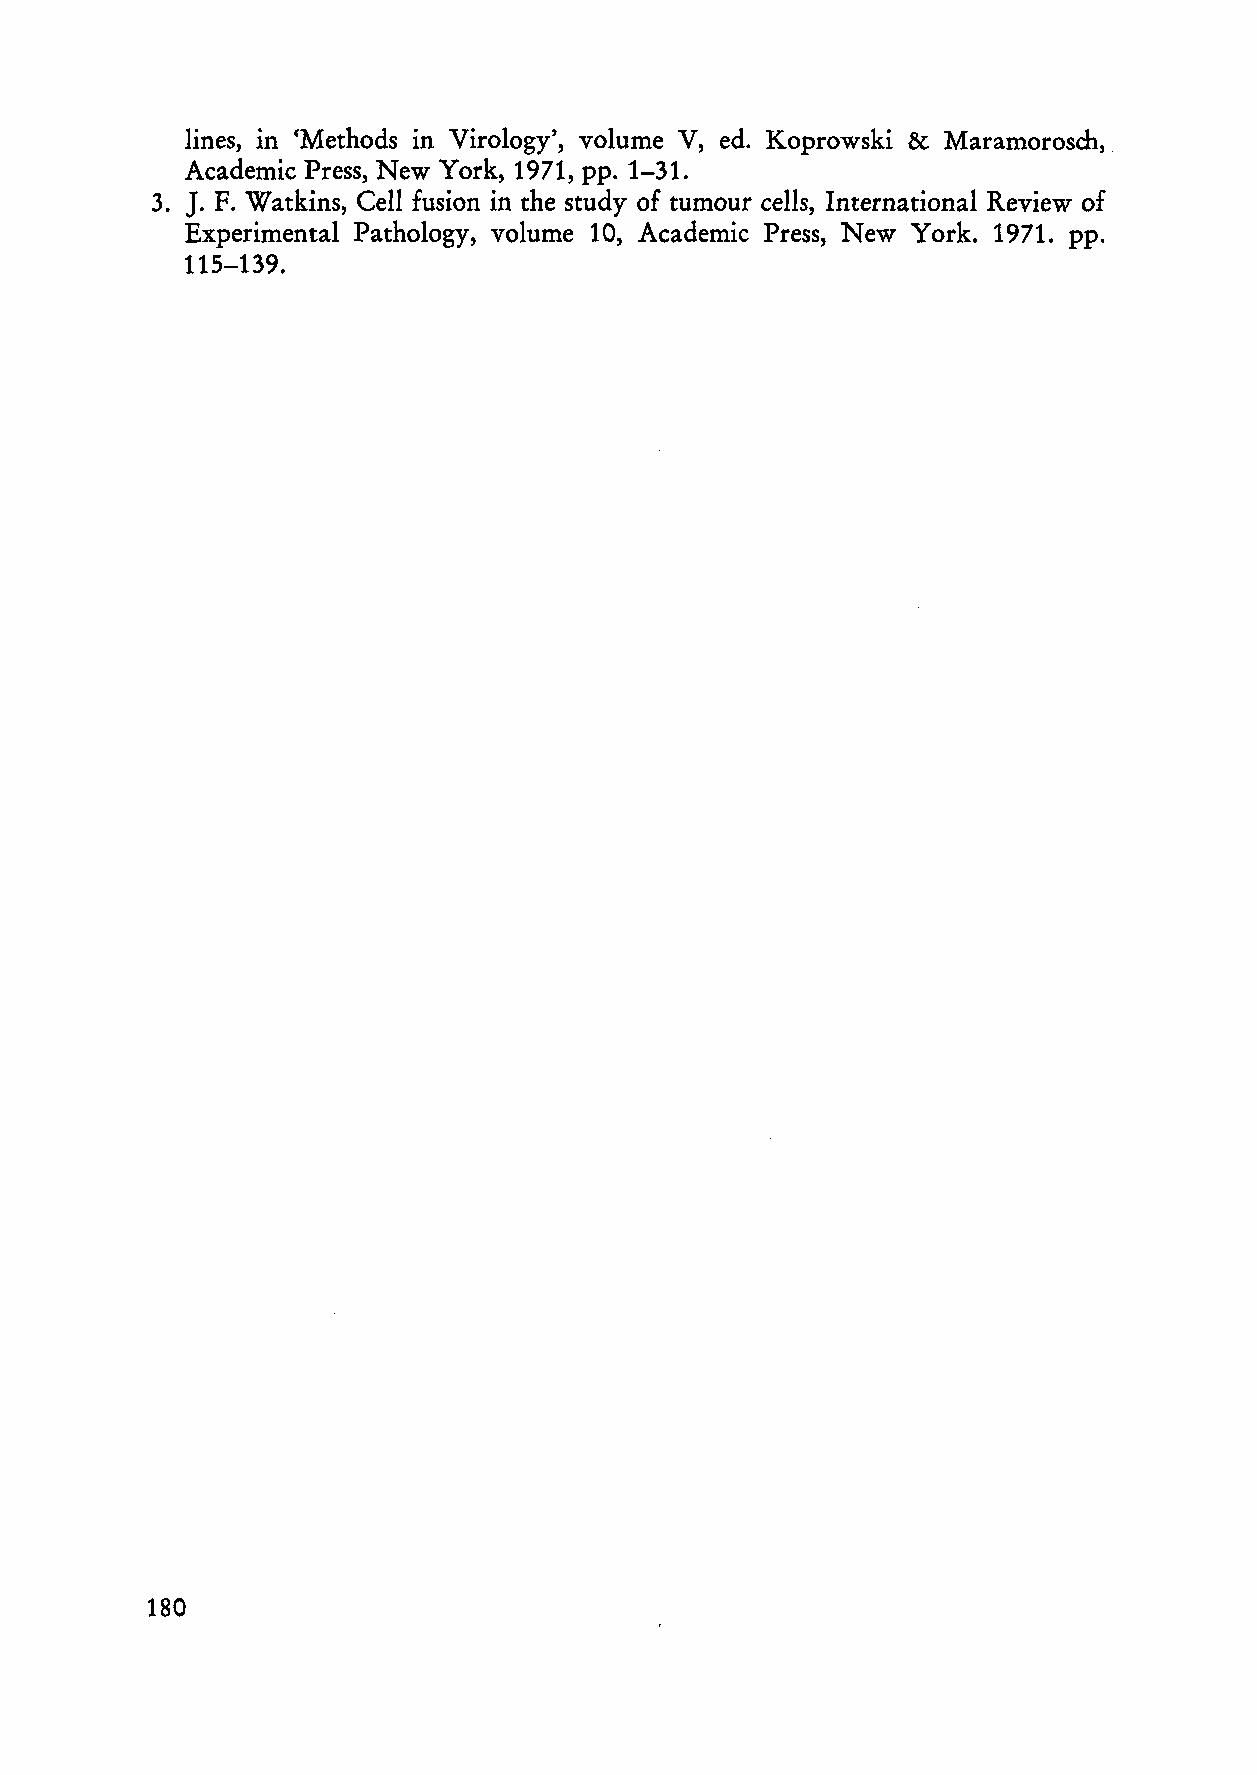
lines, in 'Methods in Virology', volume V, ed. Koprowski & Maramorosch,.
 Academic Press, New York, 1971, pp. 1-31.
 J.
 3.  F. Watkins, Cell fusion in the study of tumour ceIls, International Review of
 Experimental Pathology, volume 10, Academic Press, New York. 1971. pp.
 115-139.
 180